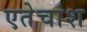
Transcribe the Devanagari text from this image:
एतेचांश